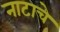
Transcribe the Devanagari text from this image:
नाटाचे